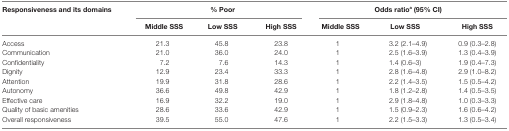
| <ROWSPAN=2> Responsiveness and its domains | <COLSPAN=3> % Poor | <COLSPAN=3> Odds ratioa (95% CI) |
 | Middle SSS | Low SSS | High SSS | Middle SSS | Low SSS | High SSS |
 | --- | --- | --- | --- | --- | --- | --- |
 | Access | 21.3 | 45.8 | 23.8 | 1 | 3.2 (2.1–4.9) | 0.9 (0.3–2.8) |
 | Communication | 21.0 | 36.0 | 24.0 | 1 | 2.5 (1.6–3.9) | 1.3 (0.4–3.9) |
 | Confidentiality | 7.2 | 7.6 | 14.3 | 1 | 1.4 (0.6–3) | 1.9 (0.4–7.3) |
 | Dignity | 12.9 | 23.4 | 33.3 | 1 | 2.8 (1.6–4.8) | 2.9 (1.0–8.2) |
 | Attention | 19.9 | 31.8 | 28.6 | 1 | 2.2 (1.4–3.5) | 1.5 (0.5–4.2) |
 | Autonomy | 36.6 | 49.8 | 42.9 | 1 | 1.8 (1.2–2.8) | 1.4 (0.5–3.5) |
 | Effective care | 16.9 | 32.2 | 19.0 | 1 | 2.9 (1.8–4.8) | 1.0 (0.3–3.3) |
 | Quality of basic amenities | 28.6 | 33.6 | 42.9 | 1 | 1.5 (0.9–2.3) | 1.6 (0.6–4.2) |
 | Overall responsiveness | 39.5 | 55.0 | 47.6 | 1 | 2.2 (1.5–3.3) | 1.3 (0.5–3.4) |